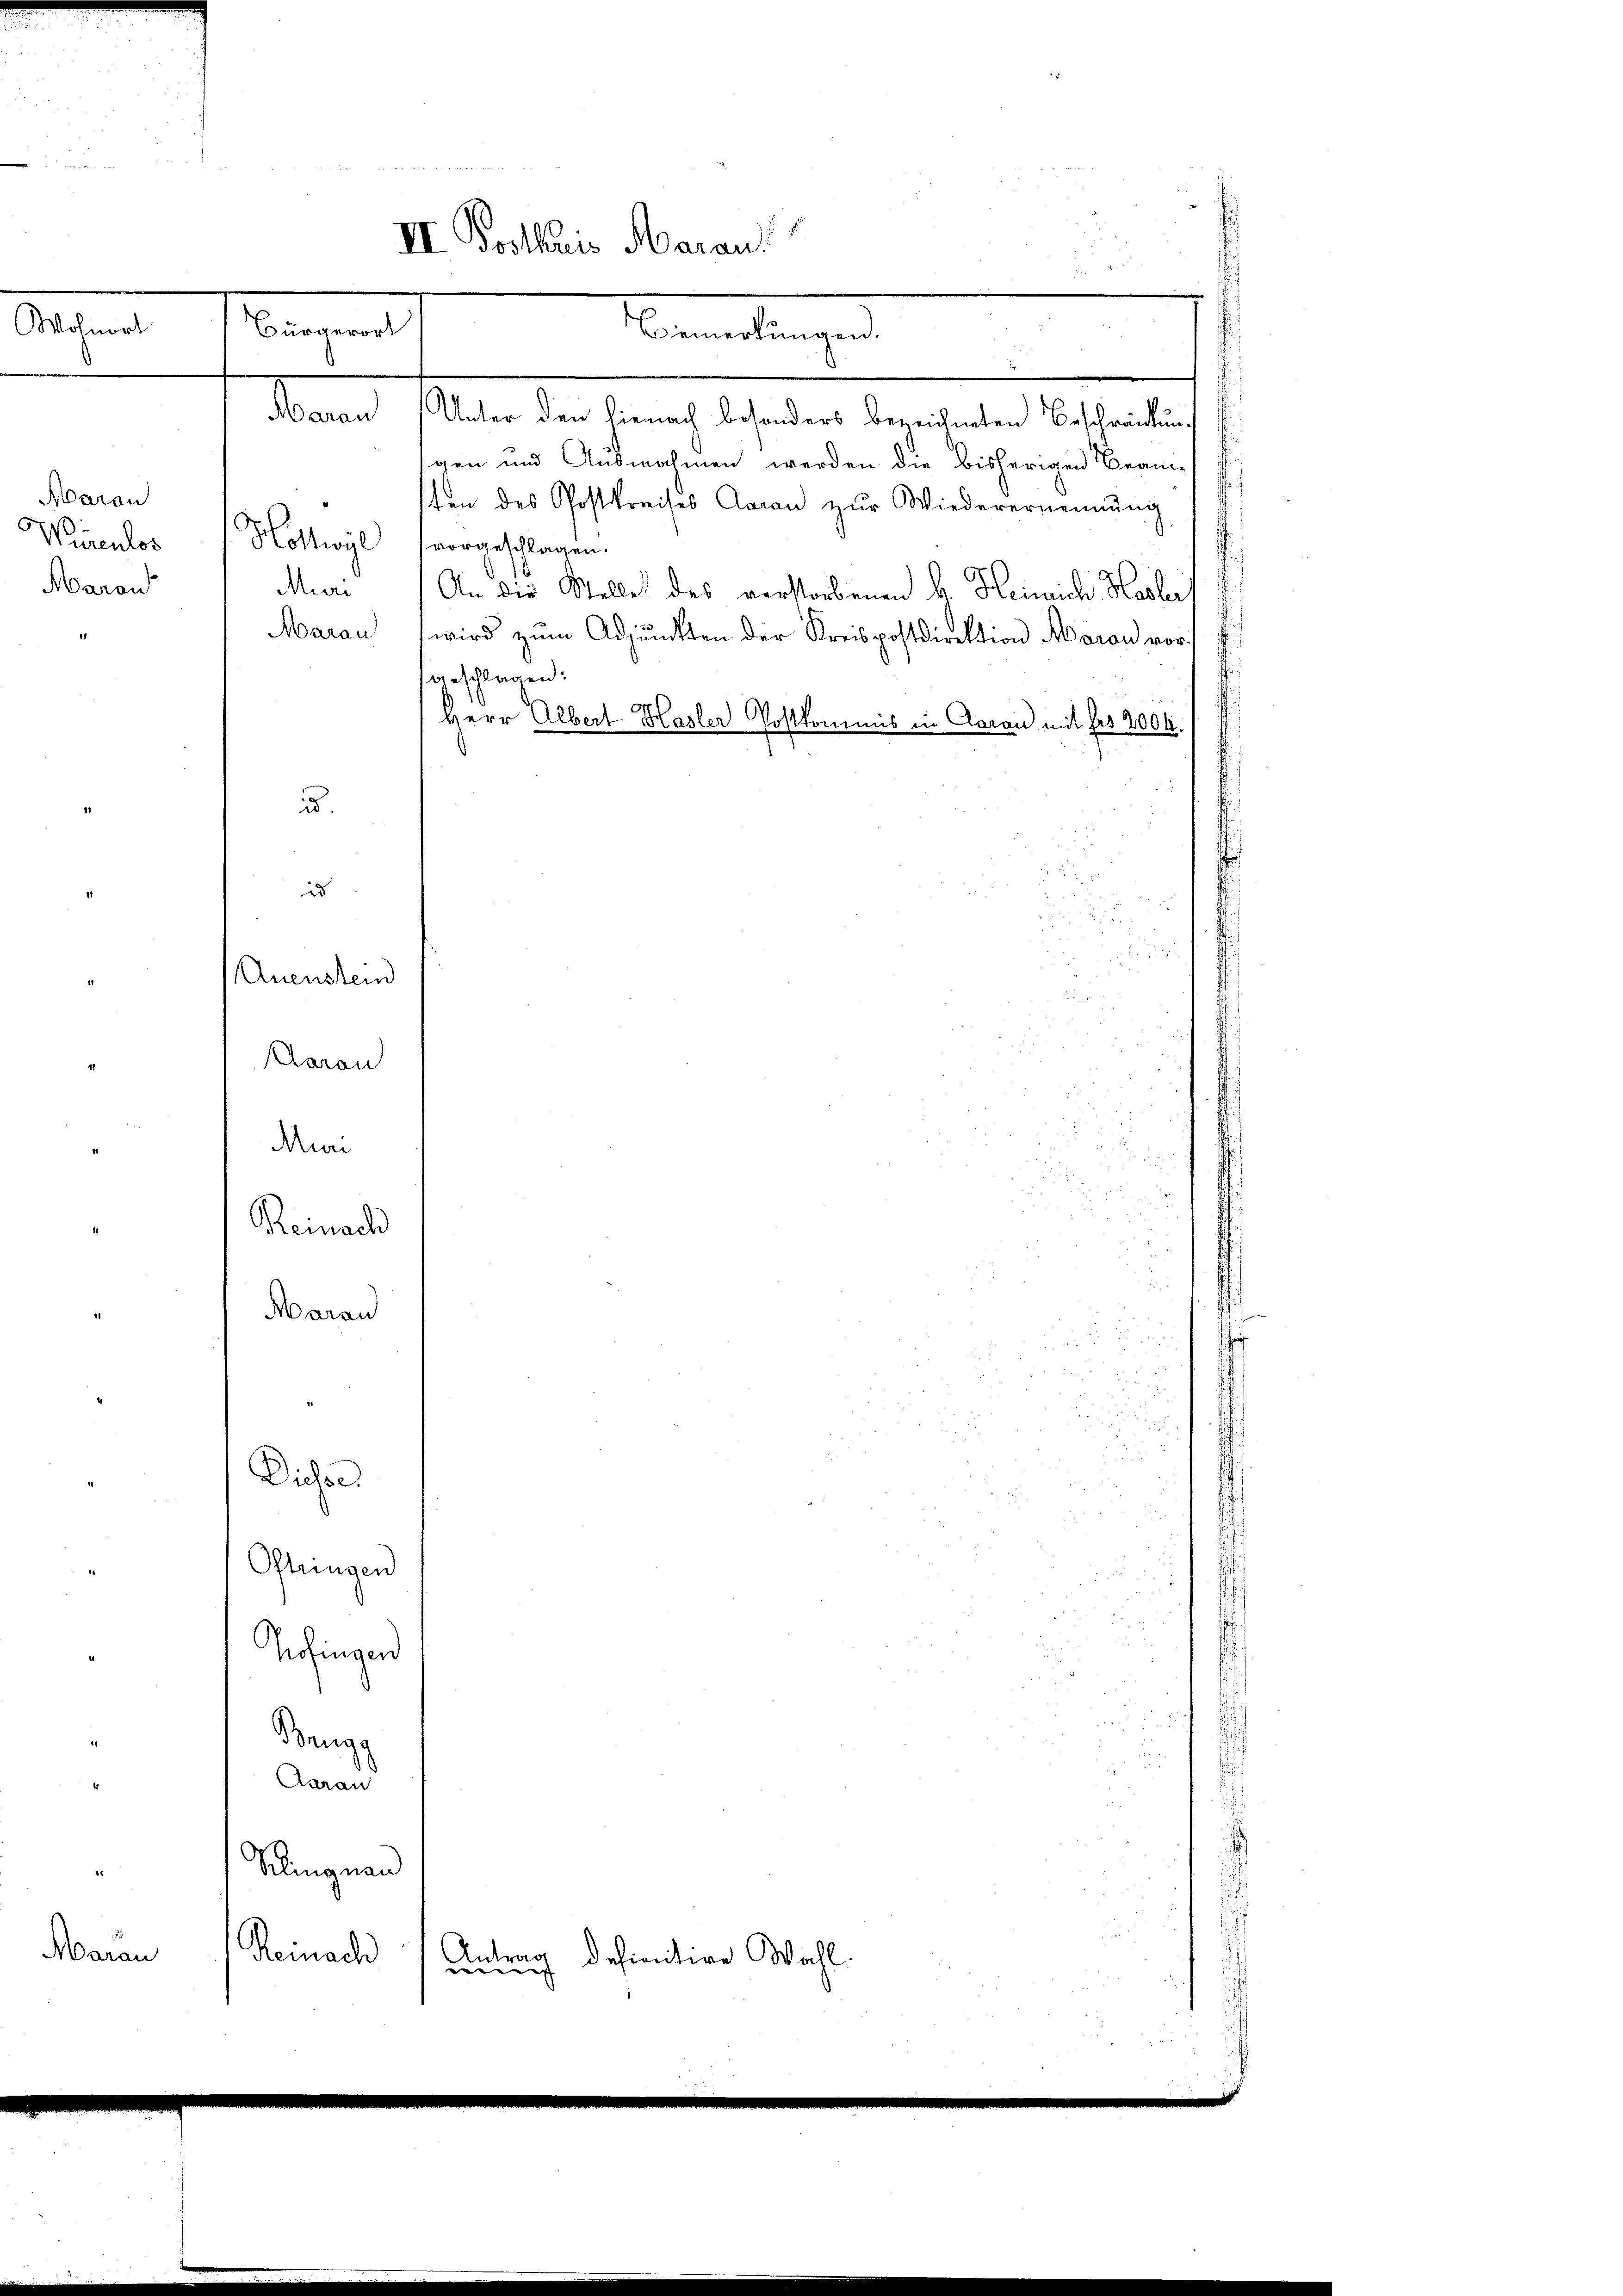
n
II. Postkuris Aarau
Wohnort
Bürgerort
Bemerkungen.

Maron
Warenlos
Aarau

d.

Aarau
Muri

an
Hohlwie
Muni
Marau

id
Auenstein
Reinach
Aarau
Dieser

m
Unter den hienach besonders bezeichneten Beschränkung
gen und Ausnahmen werden die bisherigen Bran-
ten des Postkreises Aarau zur Wiederernennung
vorgeschlagen.
An die Stelle des verstorbenen A. Heinrich Hasler
wird zum Adjuncten der Kreispostdirektion Moran vor
geschlagen:
Herr Albert Hasler Postkommis in Aarau mit des 2004.

Oftungen
Hofingen
Beugg
Aarau
Klingnau
Marau
Reinach
d
definitive Wahl.
dei
u